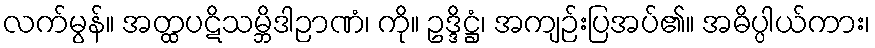
လက်မွန်။ အတ္ထပဋိသမ္ဘိဒါဉာဏံ၊ ကို။ ဥဒ္ဒိဋ္ဌံ၊ အကျဉ်းပြအပ်၏။ အဓိပ္ပါယ်ကား၊